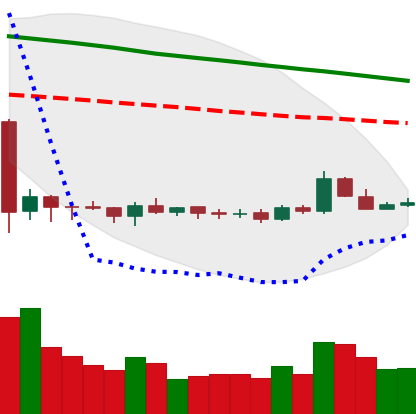
Ticker: ETC-USD
Chart end date: 2019-10-13
Forward return: -6.84%
Label: down_5_7